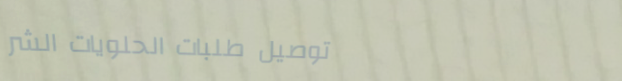
توصيل طلبات الحلويات الشر